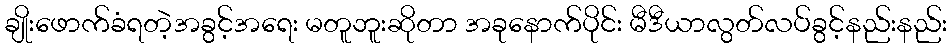
ချိုးဖောက်ခံရတဲ့အခွင့်အရေး မတူဘူးဆိုတာ အခုနောက်ပိုင်း မီဒီယာလွတ်လပ်ခွင့်နည်းနည်း